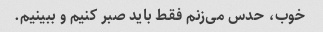
خوب، حدس می‌زنم فقط باید صبر کنیم و ببینیم.